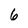
Character: 6